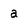
Character: a